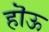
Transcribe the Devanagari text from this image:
हॊऊ